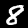
Digit: 8